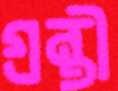
গ্রন্থী